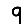
Digit: 9